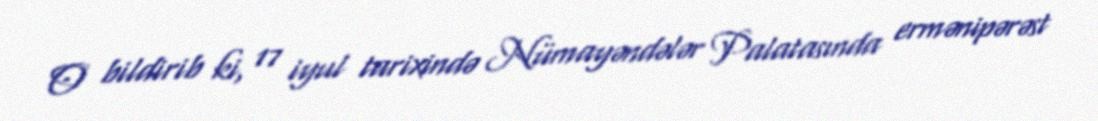
O bildirib ki, 17 iyul tarixində Nümayəndələr Palatasında ermənipərəst